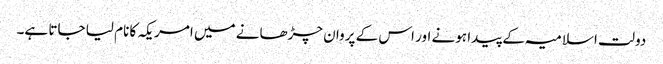
دولت اسلامیہ کے پیدا ہونے اور اس کے پروان چڑھانے میں امریکہ کا نام لیا جاتا ہے۔